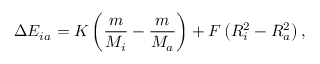
\Delta E _ { i a } = K \left( \frac { m } { M _ { i } } - \frac { m } { M _ { a } } \right) + F \left( R _ { i } ^ { 2 } - R _ { a } ^ { 2 } \right) ,